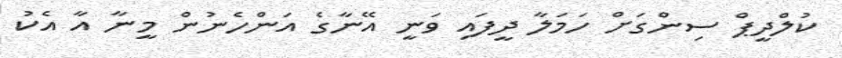
ކުލްދީޕް ސިންގަށް ހަމަލާ ދީފައި ވަނީ އޭނާގެ އަންހެނުން މީނާ އާ އެކު